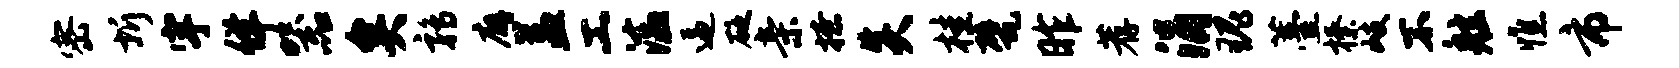
密圻宇佯器矣鹑廨益工溘逼砭亲撩炎桂甓昨荐涓瑰薹榛岐不舷憔市